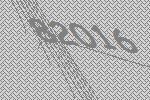
82016